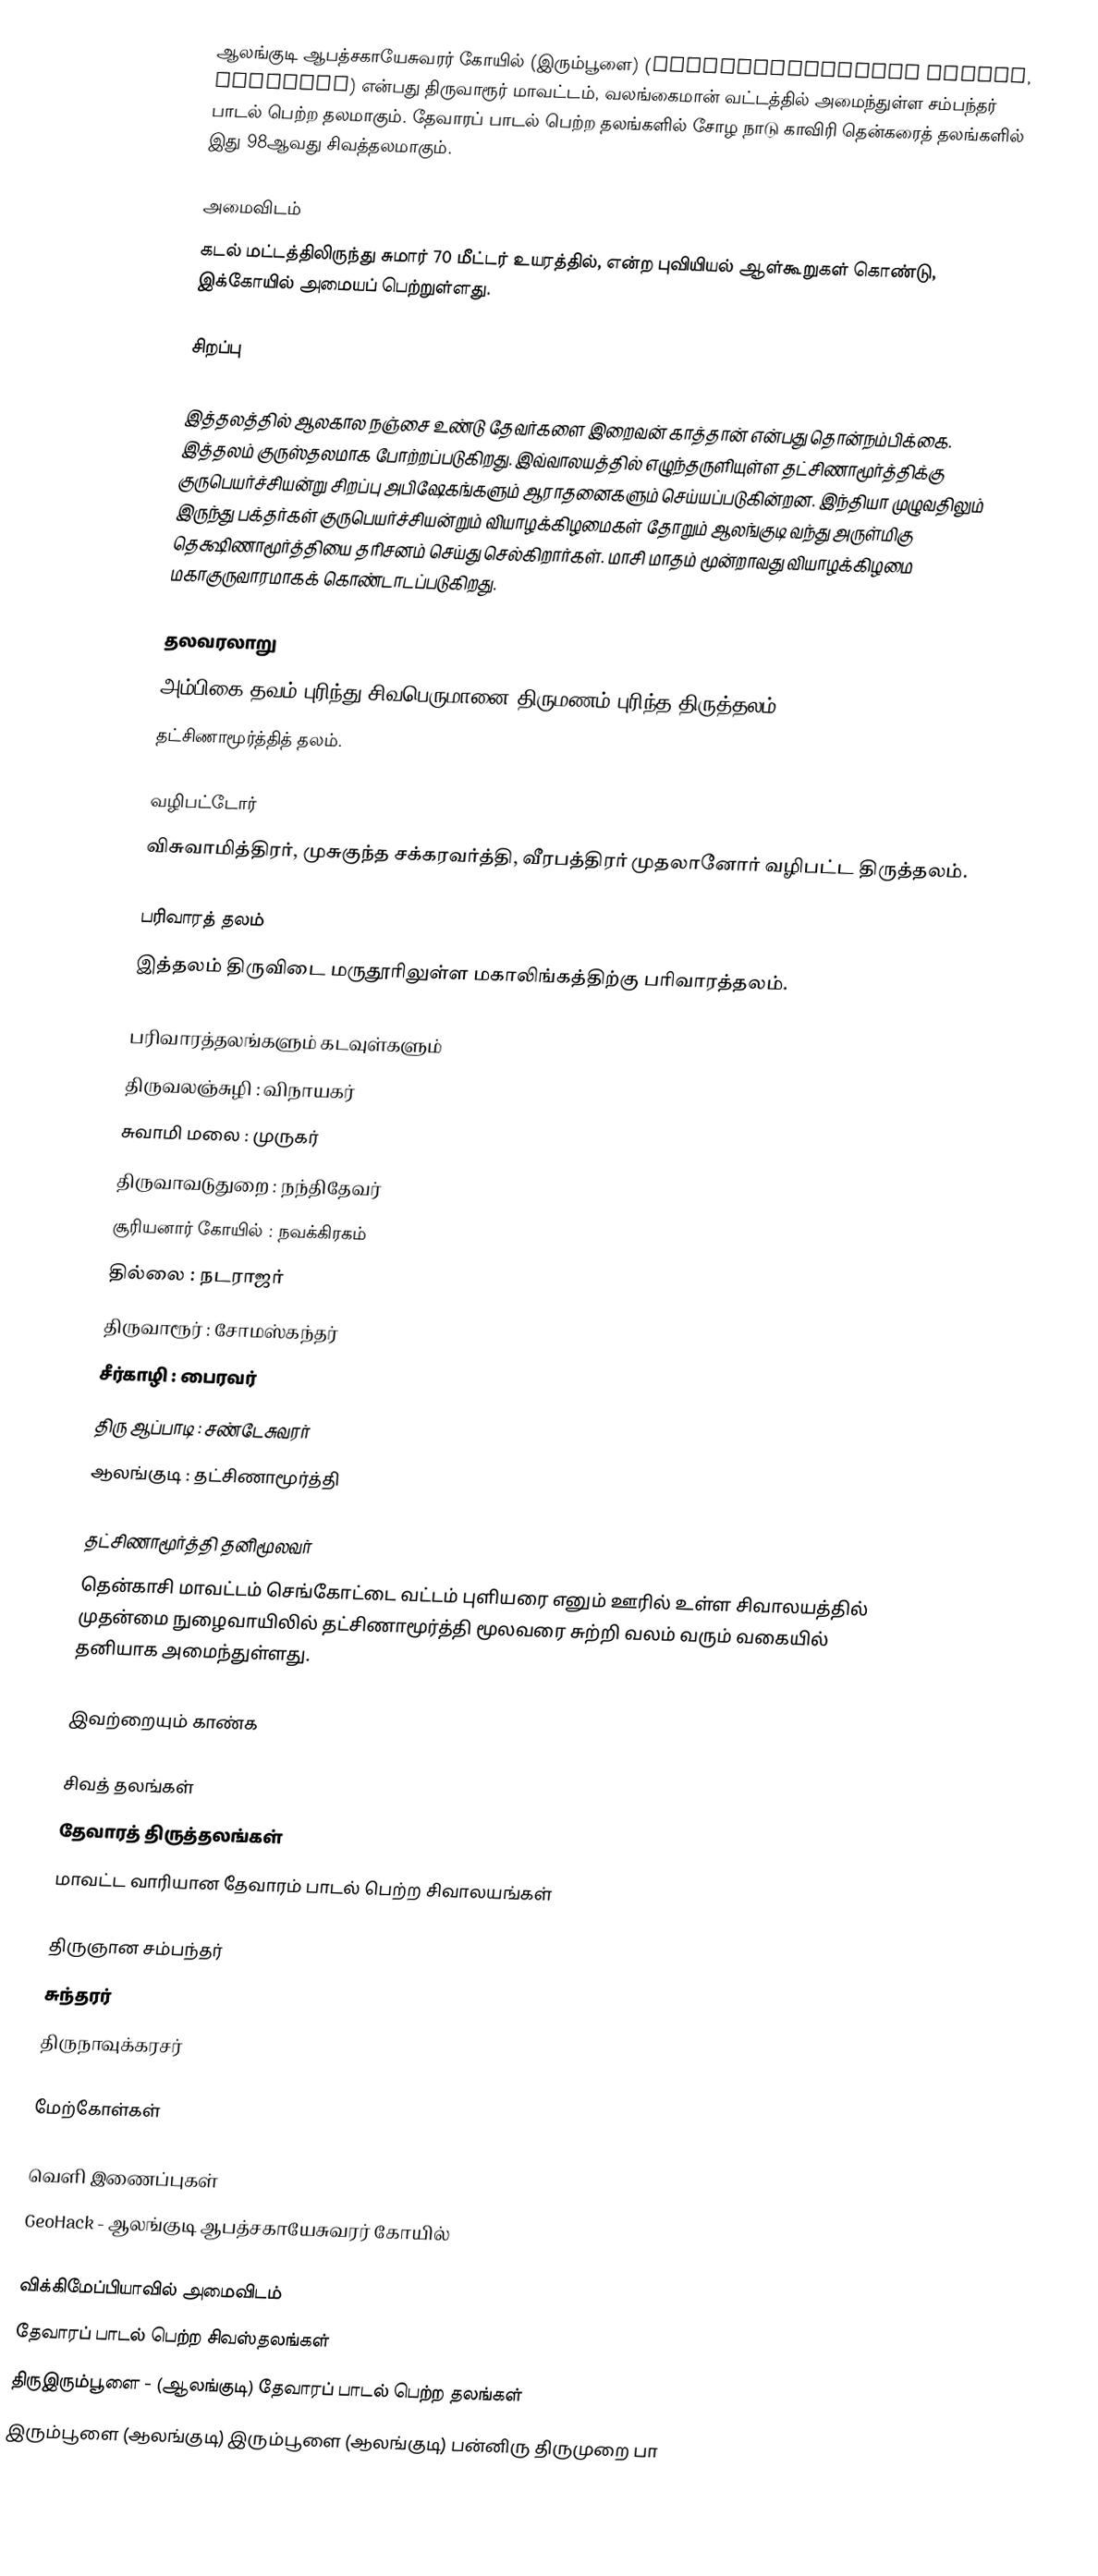
ஆலங்குடி ஆபத்சகாயேசுவரர் கோயில் (இரும்பூளை) (Apatsahayesvarar Temple, Alangudi) என்பது திருவாரூர் மாவட்டம், வலங்கைமான் வட்டத்தில் அமைந்துள்ள சம்பந்தர் பாடல் பெற்ற தலமாகும். தேவாரப் பாடல் பெற்ற தலங்களில் சோழ நாடு காவிரி தென்கரைத் தலங்களில் இது 98ஆவது சிவத்தலமாகும்.

அமைவிடம்
கடல் மட்டத்திலிருந்து சுமார் 70 மீட்டர் உயரத்தில்,  என்ற புவியியல் ஆள்கூறுகள் கொண்டு, இக்கோயில் அமையப் பெற்றுள்ளது.

சிறப்பு

இத்தலத்தில் ஆலகால நஞ்சை உண்டு தேவர்களை இறைவன் காத்தான் என்பது தொன்நம்பிக்கை. இத்தலம் குருஸ்தலமாக போற்றப்படுகிறது. இவ்வாலயத்தில் எழுந்தருளியுள்ள தட்சிணாமூர்த்திக்கு குருபெயர்ச்சியன்று சிறப்பு அபிஷேகங்களும் ஆராதனைகளும் செய்யப்படுகின்றன. இந்தியா முழுவதிலும் இருந்து பக்தர்கள் குருபெயர்ச்சியன்றும் வியாழக்கிழமைகள் தோறும் ஆலங்குடி வந்து அருள்மிகு தெக்ஷிணாமூர்த்தியை தரிசனம் செய்து செல்கிறார்கள். மாசி மாதம் மூன்றாவது வியாழக்கிழமை மகாகுருவாரமாகக் கொண்டாடப்படுகிறது.

தலவரலாறு
 அம்பிகை தவம் புரிந்து சிவபெருமானை திருமணம் புரிந்த திருத்தலம்
 தட்சிணாமூர்த்தித் தலம்.

வழிபட்டோர்
விசுவாமித்திரர், முசுகுந்த சக்கரவர்த்தி, வீரபத்திரர் முதலானோர் வழிபட்ட திருத்தலம்.

பரிவாரத் தலம்
 இத்தலம் திருவிடை மருதூரிலுள்ள மகாலிங்கத்திற்கு பரிவாரத்தலம்.

பரிவாரத்தலங்களும் கடவுள்களும்
 திருவலஞ்சுழி : விநாயகர்
 சுவாமி மலை : முருகர்
 திருவாவடுதுறை : நந்திதேவர்
 சூரியனார் கோயில் : நவக்கிரகம்
 தில்லை : நடராஜர்
 திருவாரூர் : சோமஸ்கந்தர்
 சீர்காழி : பைரவர்
 திரு ஆப்பாடி : சண்டேசுவரர்
 ஆலங்குடி : தட்சிணாமூர்த்தி

தட்சிணாமூர்த்தி தனிமூலவர்
  தென்காசி மாவட்டம்  செங்கோட்டை வட்டம் புளியரை எனும் ஊரில் உள்ள சிவாலயத்தில் முதன்மை நுழைவாயிலில் தட்சிணாமூர்த்தி மூலவரை சுற்றி வலம் வரும் வகையில் தனியாக அமைந்துள்ளது.

இவற்றையும் காண்க

 சிவத் தலங்கள்
 தேவாரத் திருத்தலங்கள்
 மாவட்ட வாரியான தேவாரம் பாடல் பெற்ற சிவாலயங்கள்

 திருஞான சம்பந்தர்
 சுந்தரர்
 திருநாவுக்கரசர்

மேற்கோள்கள்

வெளி இணைப்புகள்
 GeoHack - ஆலங்குடி ஆபத்சகாயேசுவரர் கோயில்

 விக்கிமேப்பியாவில் அமைவிடம்
 தேவாரப் பாடல் பெற்ற சிவஸ்தலங்கள்
 திருஇரும்பூளை - (ஆலங்குடி) தேவாரப் பாடல் பெற்ற தலங்கள்
 இரும்பூளை (ஆலங்குடி) இரும்பூளை (ஆலங்குடி) பன்னிரு திருமுறை பா